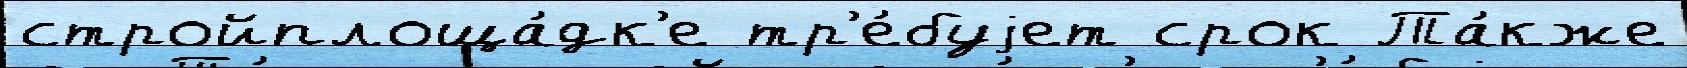
стройплоща́дк'е тр'е́буjет срок Та́кже